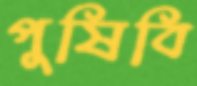
পুষিবি